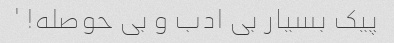
پیک بسیار بی ادب و بی حوصله! '